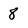
Character: 8